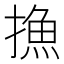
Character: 𢳶